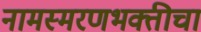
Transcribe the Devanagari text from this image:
नामस्मरणभक्तीचा